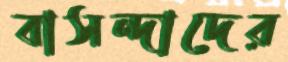
বাসন্দাদের